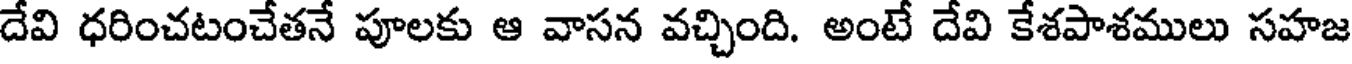
దేవి ధరించటంచేతనే పూలకు ఆ వాసన వచ్చింది. అంటే దేవి కేశపాశములు సహజ